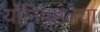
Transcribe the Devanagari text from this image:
योनिपुष्ठतेचा